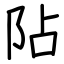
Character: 阽